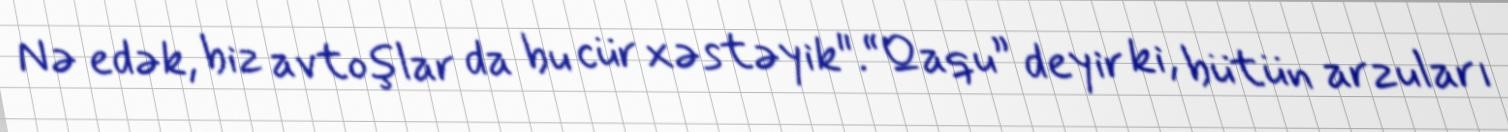
Nə edək, biz avtoşlar da bu cür xəstəyik".“Qaqu” deyir ki, bütün arzuları